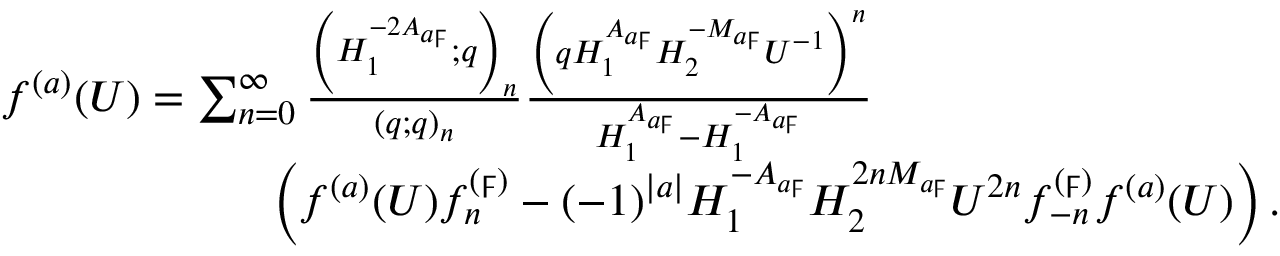
\begin{array} { r l } & { f ^ { ( a ) } ( U ) = \sum _ { n = 0 } ^ { \infty } \frac { \left( H _ { 1 } ^ { - 2 A _ { a \digamma } } ; q \right) _ { n } } { ( q ; q ) _ { n } } \frac { \left( q H _ { 1 } ^ { A _ { a \digamma } } H _ { 2 } ^ { - M _ { a \digamma } } U ^ { - 1 } \right) ^ { n } } { H _ { 1 } ^ { A _ { a \digamma } } - H _ { 1 } ^ { - A _ { a \digamma } } } } \\ & { \qquad \qquad \qquad \left( f ^ { ( a ) } ( U ) f _ { n } ^ { ( \digamma ) } - ( - 1 ) ^ { | a | } H _ { 1 } ^ { - A _ { a \digamma } } H _ { 2 } ^ { 2 n M _ { a \digamma } } U ^ { 2 n } f _ { - n } ^ { ( \digamma ) } f ^ { ( a ) } ( U ) \right) . } \end{array}